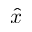
\hat { x }